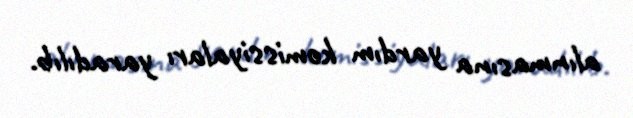
alınmasına yardım komissiyaları yaradılıb.